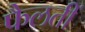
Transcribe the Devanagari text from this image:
फैलतीं